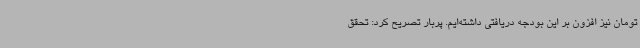
تومان نیز افزون بر این بودجه دریافتی داشته‌ایم. پربار تصریح کرد: تحقق